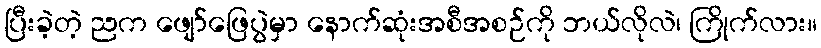
ပြီးခဲ့တဲ့ ညက ဖျော်ဖြေပွဲမှာ နောက်ဆုံးအစီအစဉ်ကို ဘယ်လိုလဲ၊ ကြိုက်လား။